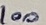
Text: 100